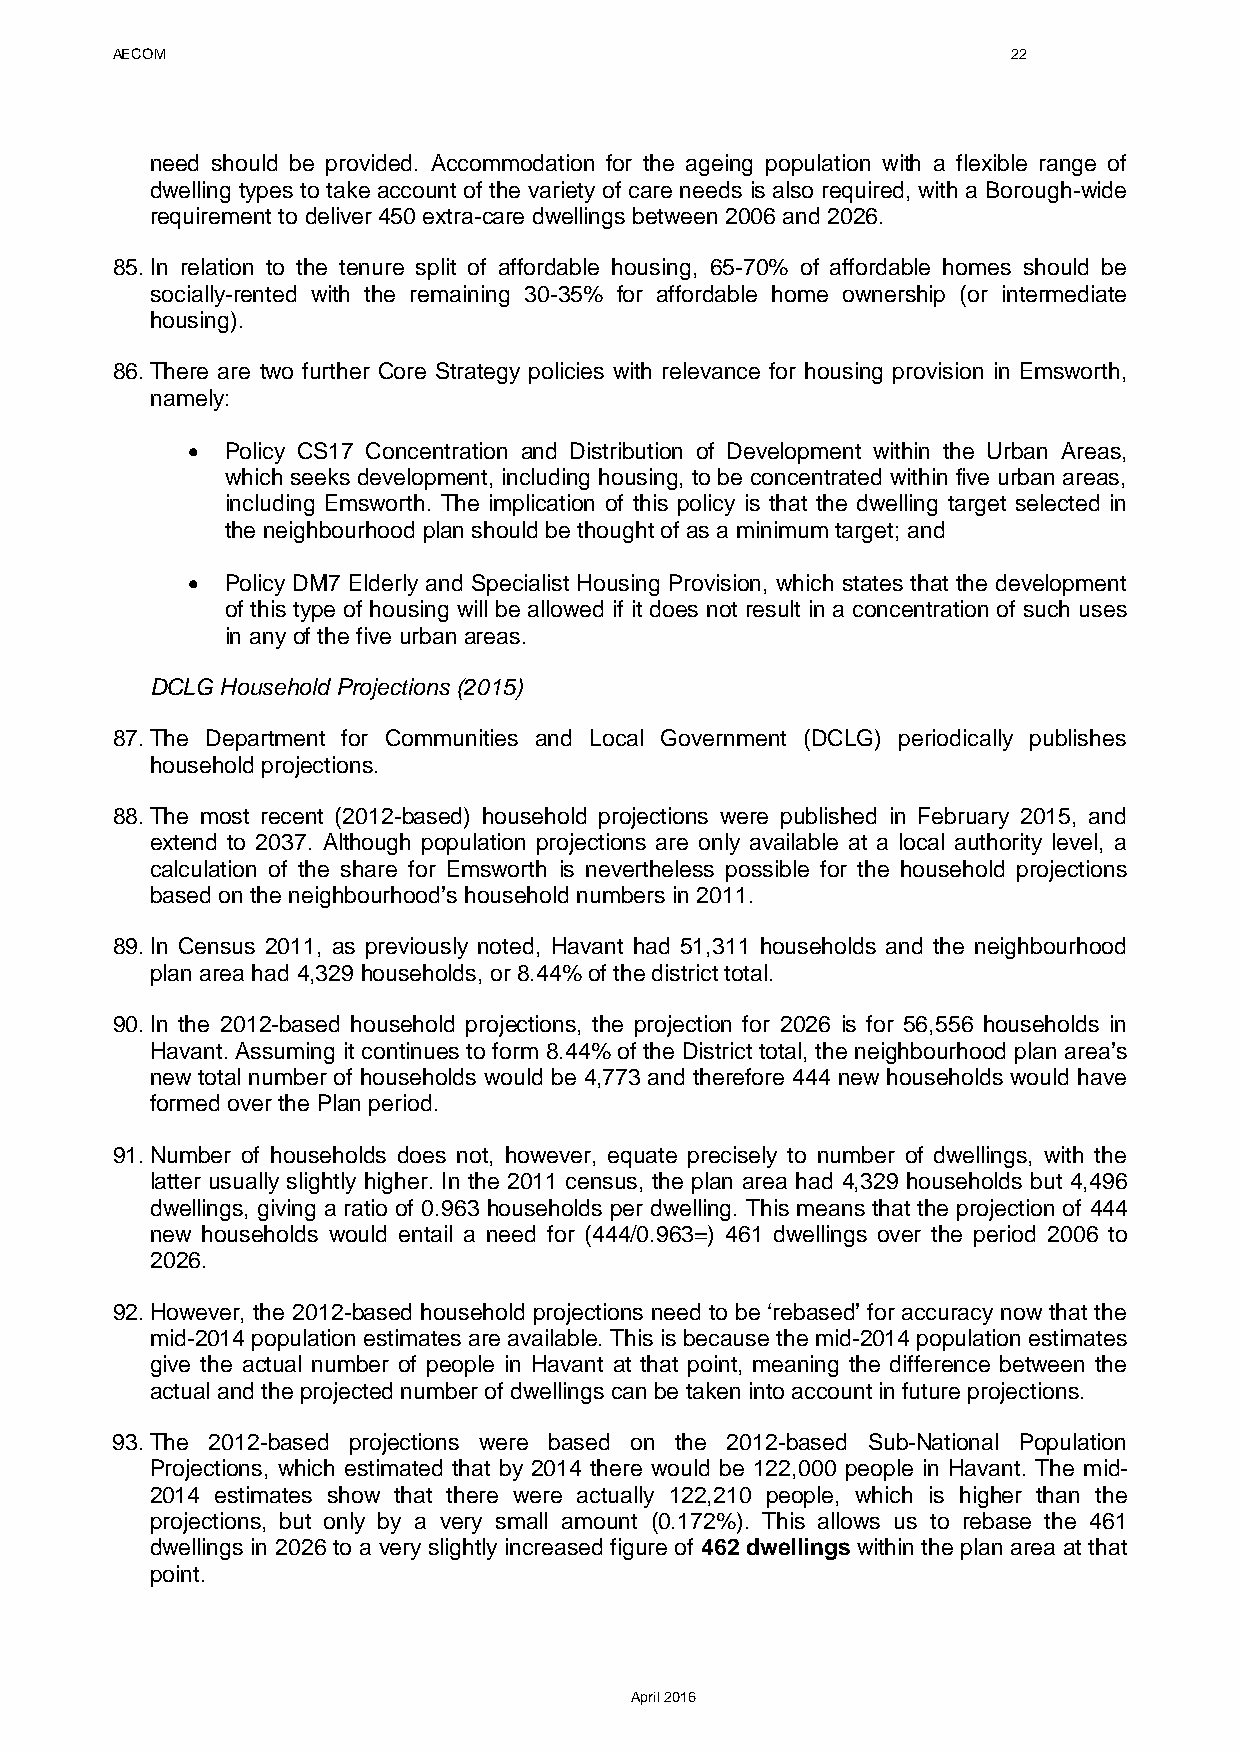
AECOM                                                       22
 need should be provided. Accommodation for the ageing population with a flexible range of
 dwelling types to take account of the variety of care needs is also required, with a Borough-wide
 requirement to deliver 450 extra-care dwellings between 2006 and 2026.
 85. In relation to the tenure split of affordable housing, 65-70% of affordable homes should be
 socially-rented with the remaining 30-35% for affordable home ownership (or intermediate
 housing).
 86. There are two further Core Strategy policies with relevance for housing provision in Emsworth,
 namely:
 •  Policy CS17 Concentration and Distribution of Development within the Urban Areas,
 which seeks development, including housing, to be concentrated within five urban areas,
 including Emsworth. The implication of this policy is that the dwelling target selected in
 the neighbourhood plan should be thought of as a minimum target; and
 •  Policy DM7 Elderly and Specialist Housing Provision, which states that the development
 of this type of housing will be allowed if it does not result in a concentration of such uses
 in any of the five urban areas.
 DCLG Household Projections (2015)
 87. The Department for Communities and Local Government (DCLG) periodically publishes
 household projections.
 88. The most recent (2012-based) household projections were published in February 2015, and
 extend to 2037. Although population projections are only available at a local authority level, a
 calculation of the share for Emsworth is nevertheless possible for the household projections
 based on the neighbourhood’s household numbers in 2011.
 89. In Census 2011, as previously noted, Havant had 51,311 households and the neighbourhood
 plan area had 4,329 households, or 8.44% of the district total.
 90. In the 2012-based household projections, the projection for 2026 is for 56,556 households in
 Havant. Assuming it continues to form 8.44% of the District total, the neighbourhood plan area’s
 new total number of households would be 4,773 and therefore 444 new households would have
 formed over the Plan period.
 91. Number of households does not, however, equate precisely to number of dwellings, with the
 latter usually slightly higher. In the 2011 census, the plan area had 4,329 households but 4,496
 dwellings, giving a ratio of 0.963 households per dwelling. This means that the projection of 444
 new households would entail a need for (444/0.963=) 461 dwellings over the period 2006 to
 2026.
 92. However, the 2012-based household projections need to be ‘rebased’ for accuracy now that the
 mid-2014 population estimates are available. This is because the mid-2014 population estimates
 give the actual number of people in Havant at that point, meaning the difference between the
 actual and the projected number of dwellings can be taken into account in future projections.
 93. The 2012-based projections were based on the 2012-based Sub-National Population
 Projections, which estimated that by 2014 there would be 122,000 people in Havant. The mid-
 2014 estimates show that there were actually 122,210 people, which is higher than the
 projections, but only by a very small amount (0.172%). This allows us to rebase the 461
 dwellings in 2026 to a very slightly increased figure of 462 dwellings within the plan area at that
 point.
 April 2016